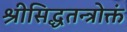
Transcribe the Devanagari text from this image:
श्रीसिद्धतन्त्रोक्तं